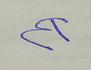
Signature authenticity: forged